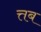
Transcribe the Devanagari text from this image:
त्तब